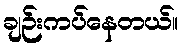
ချဉ်းကပ်နေတယ်။